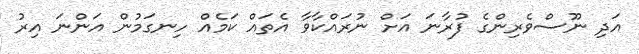
އަދި ނޫސްވެރިންގެ ފުރާނަ އަށް ނުރައްކާވާ އެތައް ކަމެއް ހިނގަމުން އަންނަ އިރު